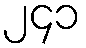
၂၄၁